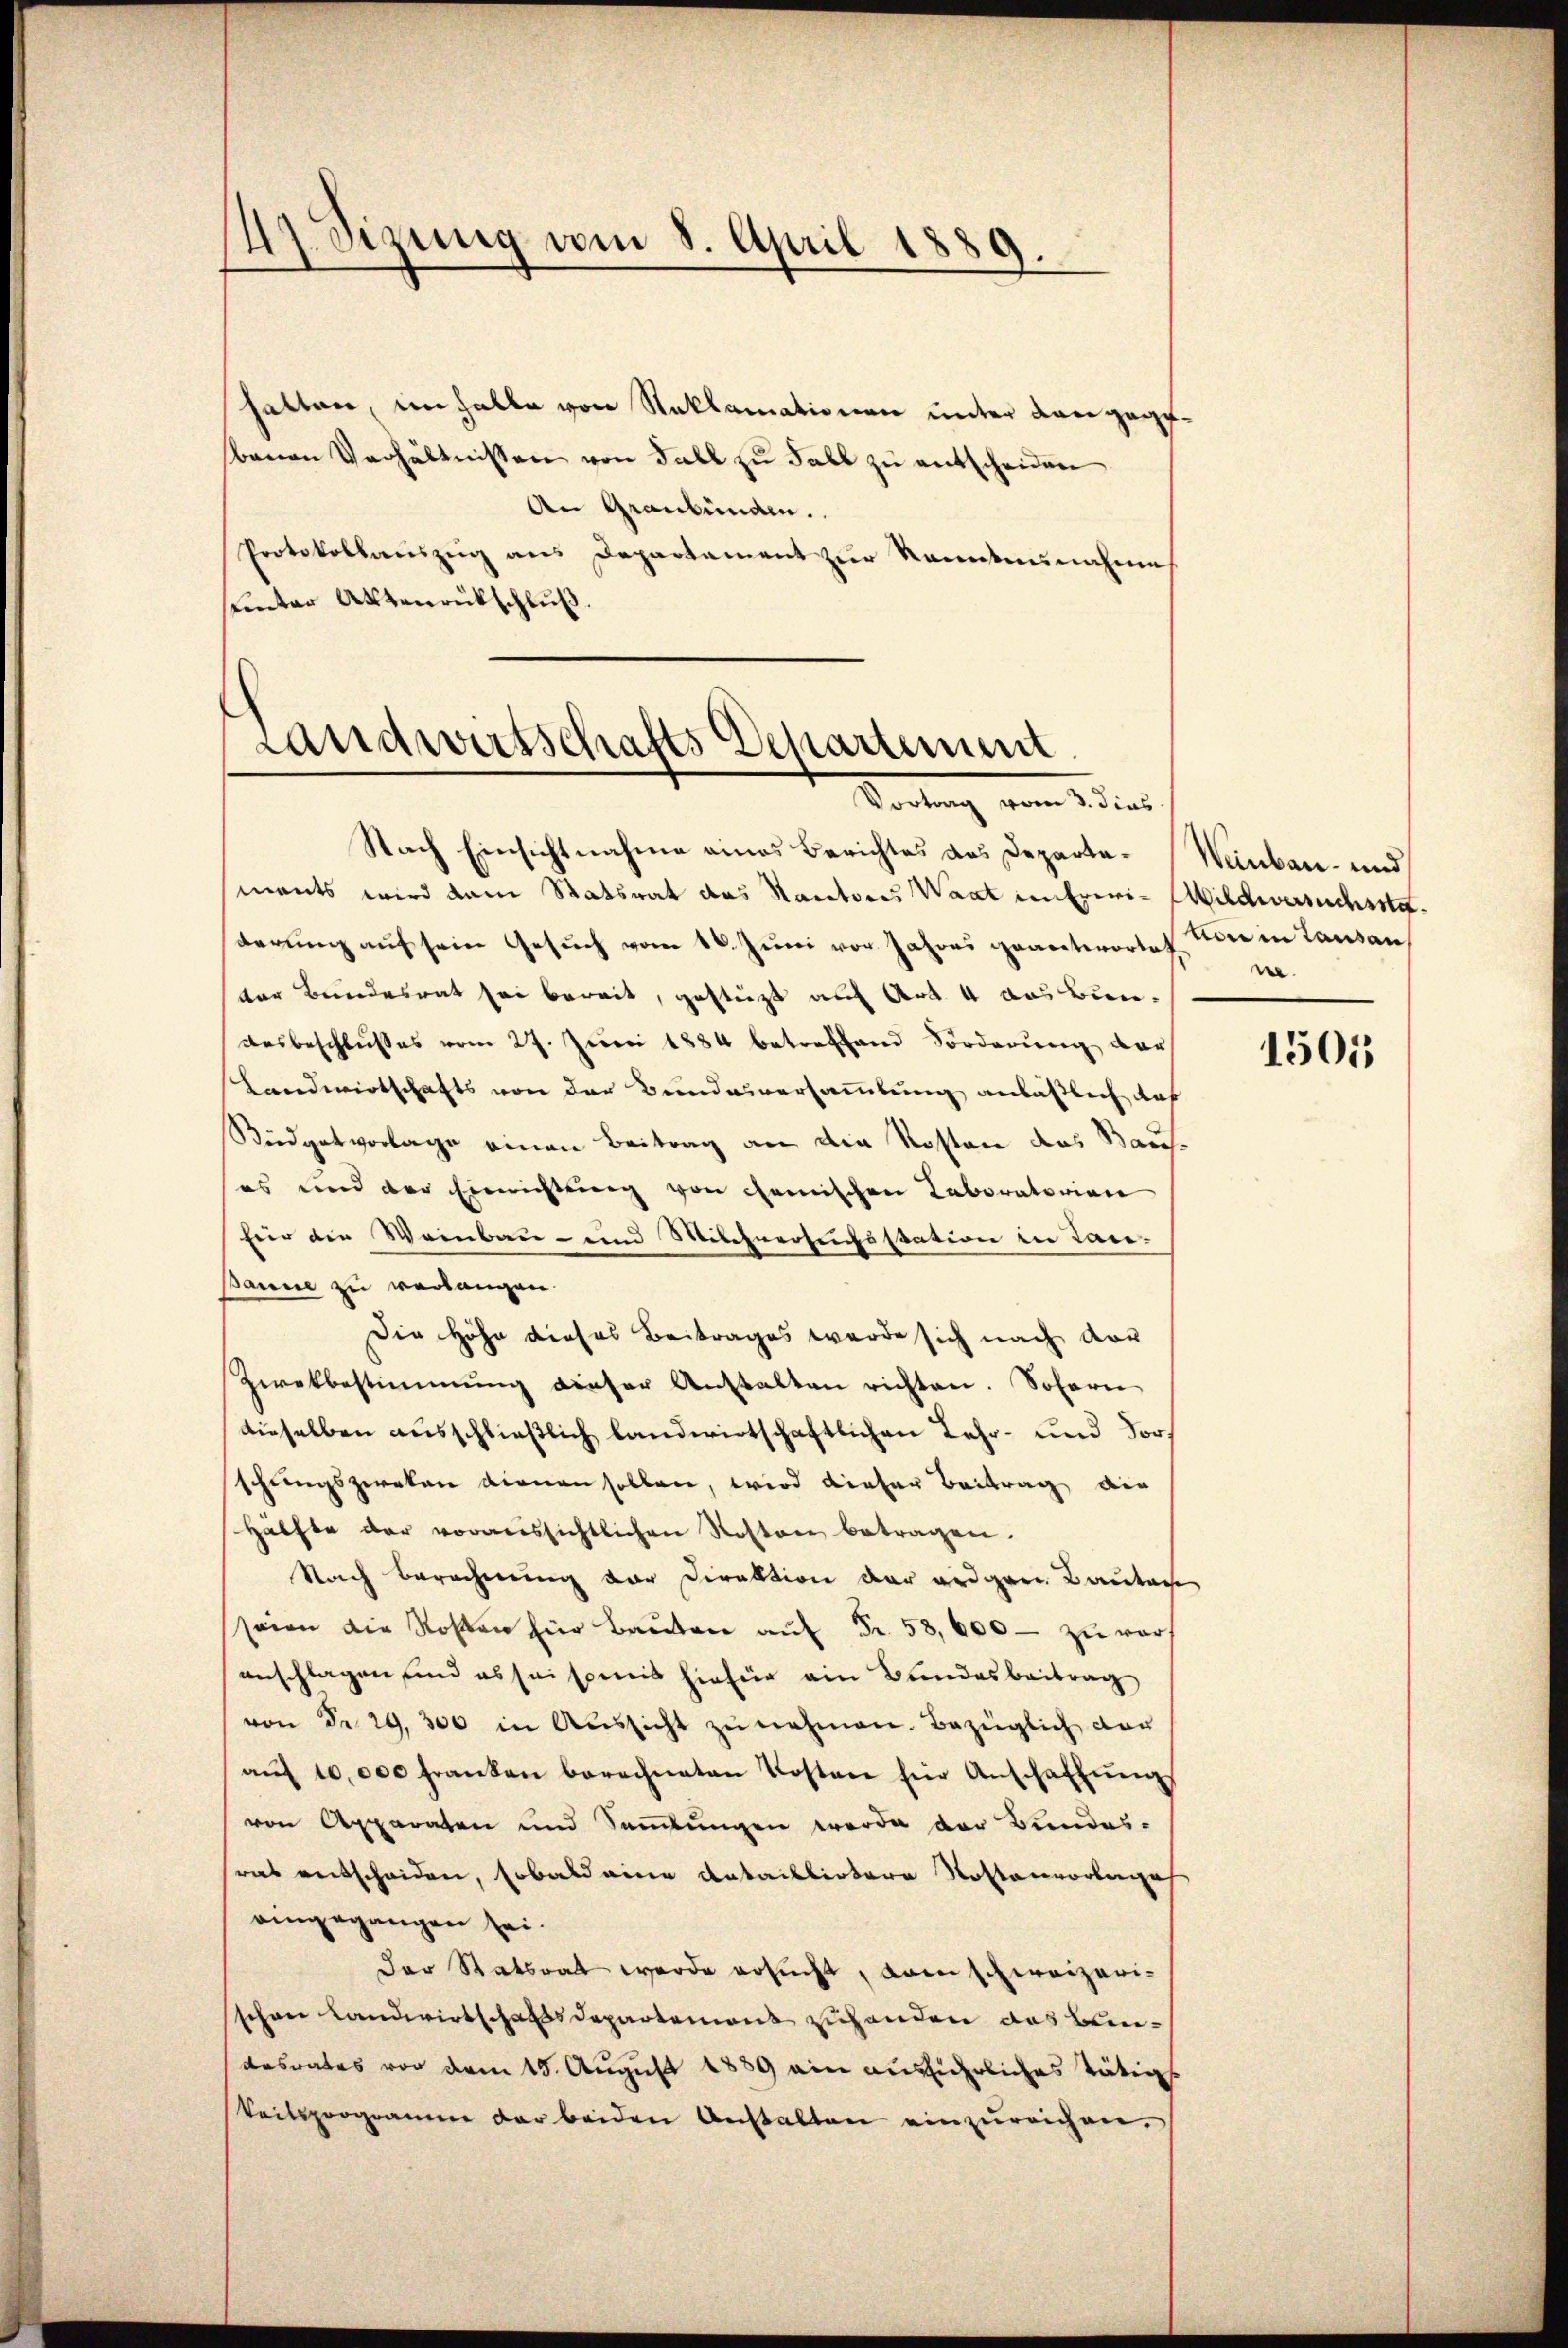
47. Sizung vom 8. April 1889.

halten, im halbe von Stoklamationen unter den gege
benen Verhältnissen von Fall zŭ Fall zŭ entscheiden
An Graubünden.
Protokollauszug aus Departament zur kanntennahme
unter Aktenrückschluß.

Landwirtschafts Departement
Portung von eines

Nach Einsichtnahme eines Berichtes das Departe-Weinbau- und
ments wird dem Statsrat das Kantores Waat in Erwi-Wildwersuchsstaderŭng aŭf sein Gesŭch vom 10. Jŭni vor Jahr geantwortet. Vice in Lausan
ter Bundesrat sei bereit, gestüzt auf Art. 4 aus bun¬
Aŭsbeschlußes vom 27. Jŭni 1884 betreffend Forderŭng der
Landwirtschafts von der Bundesversammlung anläßlich das
Büdgetvorlage einen Beitrag an die Kosten das Bauses und der Einrichtung von chemischen Laboratorien
für die Weinbau- und Milchrersuchsstation in Lansanne zu verlangen.
Die Höhe dieses Beitrages werde sich nach dar
Zwekbestimmung dieser Anstalten richten. Sofern
dieselben ausschließlich landwirtschaftlichen Lehr- und Vorschungszweken dienen sollen, wird dieser Beitrag die
hälfte der voraussichtlichen Roston betragen.
Nach Berechnung vor Direktion der andern Bautach
seien die Rosen für Baŭten aŭf Fr. 58,000 zŭ ver
anschlagen, und es sei speis hiefür ein Bundesbeitrag
von Fr. 29, 300 in Aŭssicht zŭ nehmen. Bezüglich dar
aŭf 10,000 Franken berechneten Kosten für Anschaffŭng
von Apparaten und Sammlungen werde der Bundes-
ras entscheiden, sobald eine Antablirtere Kostenvorbergeh
eingegangen sei.
der Statsrat wurde ersucht, vom schweizerischen Landwirtschafts Departement zugenden das Beidesrates vor dem 15. August 1889 ein ausführliches Tätigs
keitsprogramm der beiden Anstalten einzŭreichen.

ne
1505